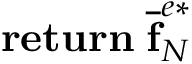
\mathbf { r e t u r n } \; \mathbf { \overline { { f } } } _ { N } ^ { e * }